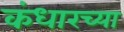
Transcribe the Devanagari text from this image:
कंधारच्या